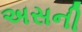
અસની